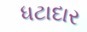
ધટાદાર